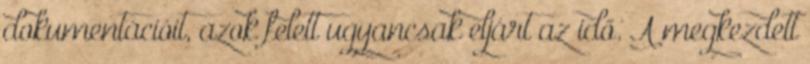
dokumentációit, azok felett ugyancsak eljárt az idő. A megkezdett